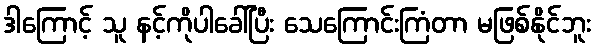
ဒါကြောင့် သူ နင့်ကိုပါခေါ်ပြီး သေကြောင်းကြံတာ မဖြစ်နိုင်ဘူး